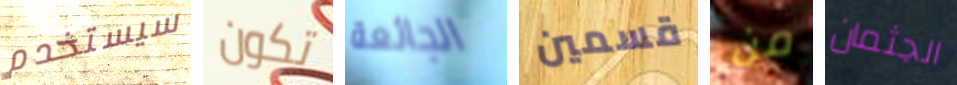
سيستخدم تكون الجائعة قسمين من الجثمان